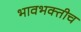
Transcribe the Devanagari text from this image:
भावभक्तीच